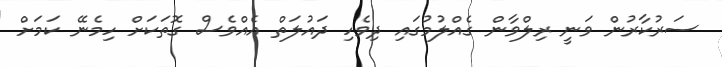
ސަރުކާރުން ވަނީ ރިލްވާން ގެއްލުމުގައި ދިވެހި ދައުލަތް އެއްވެސް ގޮތަކަށް ހިމެނޭ ކަމަށް